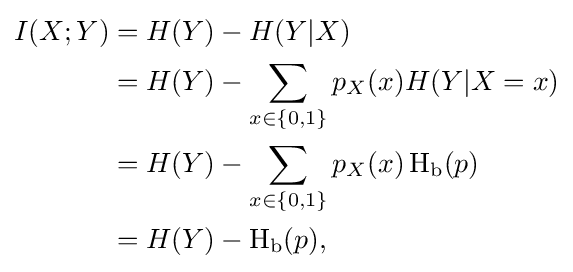
{\begin{aligned}I(X;Y)&=H(Y)-H(Y|X)\\&=H(Y)-\sum _{x\in \{0,1\}}{p_{X}(x)H(Y|X=x)}\\&=H(Y)-\sum _{x\in \{0,1\}}{p_{X}(x)}\operatorname {H} _{\text{b}}(p)\\&=H(Y)-\operatorname {H} _{\text{b}}(p),\end{aligned}}